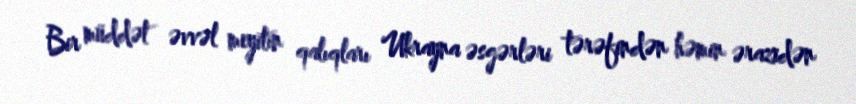
Bir müddət əvvəl meyitin qalıqları Ukrayna əsgərləri tərəfindən həmin ərazidən